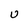
Character: U